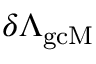
\delta \Lambda _ { \mathrm { g c M } }